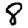
Digit: 8